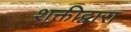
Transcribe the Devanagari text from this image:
शक्तीद्वारा